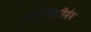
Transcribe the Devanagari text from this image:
इनफ़्लिक्सिमैब